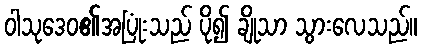
ဝါသုဒေဝ၏အပြုံးသည် ပို၍ ချိုသာ သွားလေသည်။